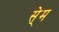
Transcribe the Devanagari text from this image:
से्म